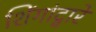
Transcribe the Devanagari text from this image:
शिंगांद्वारे